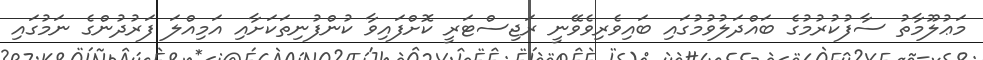
މަޢުލޫމާތު ސާފުކުރުމުގެ ބައްދަލުވުމުގައި ބައިވެރިވެވޭނީ ރަޖިސްޓަރީ ކޮށްފައިވާ ކުންފުނިތަކަށާއި އަމިއްލަ ފަރުދުންގެ ނަމުގައި